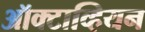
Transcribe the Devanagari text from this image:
ऑक्टाव्हियन